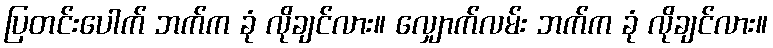
ပြတင်းပေါက် ဘက်က ခုံ လိုချင်လား။ လျှောက်လမ်း ဘက်က ခုံ လိုချင်လား။